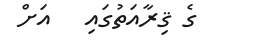
ގެ ޤިރާއަތުގައި   އަށް